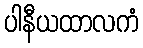
ပါနီယထာလကံ